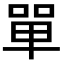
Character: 單